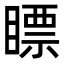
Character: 瞟